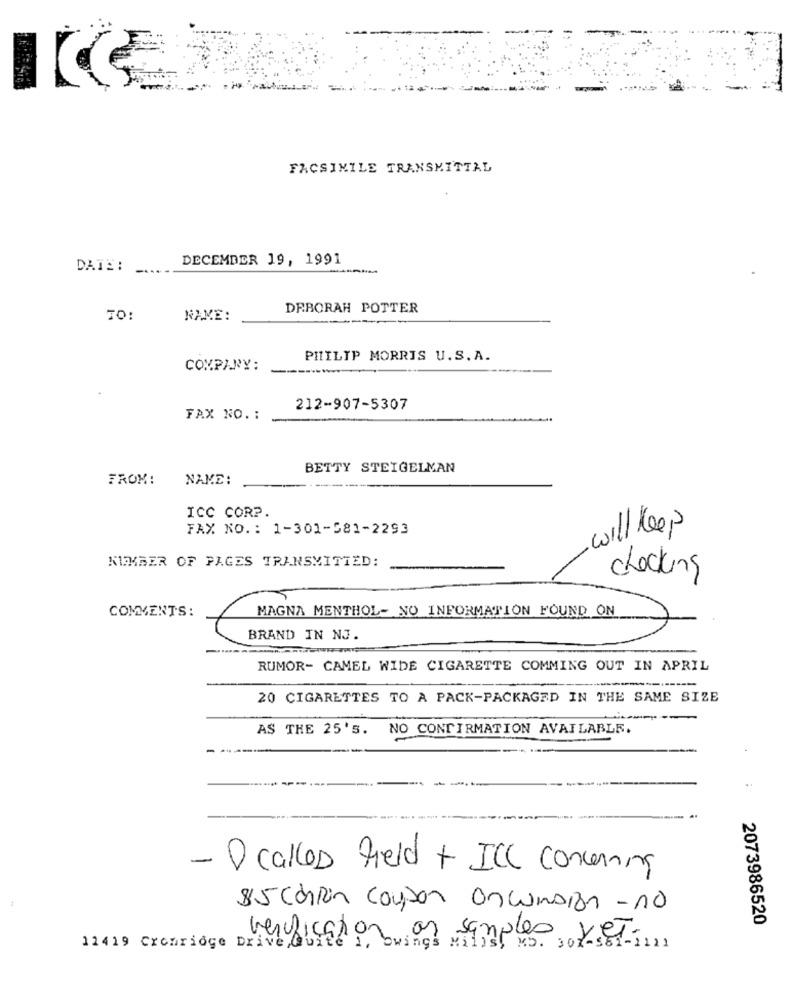
FACSIMILE TRANSMITTAL
DECEMBER 19, 1991
DATE:
DEBORAH POTTER
TO:
NAME:
PHILIP MORRIS U.S.A.
COMPANY:
212-907-5307
FAX NO. :
BETTY STEIGELMAN
FROM:
NAME:
ICC CORP
FAX NO .: 1-301-581-2293
will Keep
NUMBER OF PAGES TRANSMITTED:
checking
MAGNA MENTHOL- NO INFORMATION FOUND ON
COMMENTS:
BRAND IN NJ.
RUMOR- CAMEL WIDE CIGARETTE COMMING OUT IN APRIL
20 CIGARETTES TO A PACK-PACKAGED IN THE SAME SIZE
--
AS THE 25'S.
NO CONFIRMATION AVAILABLE.
- O called field + ICC concerning
85 Chin coupon Onconsign -10
2073986520
12419 Cronridge Drive
verification on Samples Kein